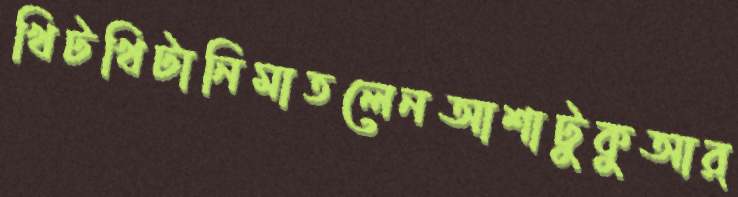
খিটখিটানিমাতলেনআশাটুকুআর্